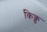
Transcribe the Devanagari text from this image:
किक्ड